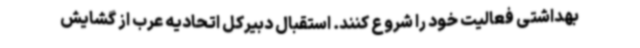
بهداشتی فعالیت خود را شروع کنند. استقبال دبیرکل اتحادیه عرب از گشایش